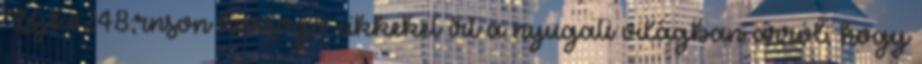
Bj&#248;rnson harsogó cikkeket írt a nyugati világban arról, hogy